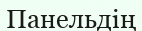
Панельдің